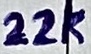
Text: 22k